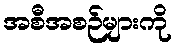
အစီအစဉ်များကို